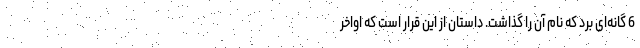
6 گانه‌ای بُرد که نام آن را گذاشت. داستان از این قرار است که اواخر